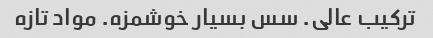
ترکیب عالی. سس بسیار خوشمزه. مواد تازه